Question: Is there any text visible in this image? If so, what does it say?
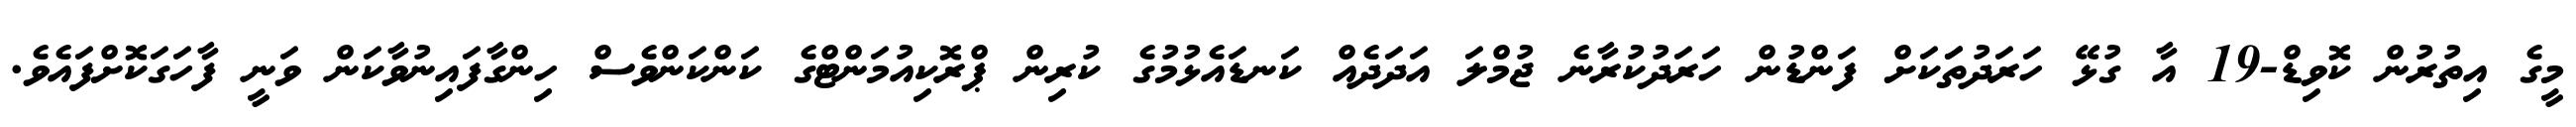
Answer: މީގެ އިތުރުން ކޮވިޑް-19 އާ ގުޅޭ ހަރަދުތަަކަށް ފަންޑުން ހަރަދުކުރާނެ ޖުމްލަ އަދަދެއް ކަނޑައެޅުމުގެ ކުރިން ޕްރޮކިއުމަންޓްގެ ކަންކަންވެސް ހިންގާފައިނުވާކަން ވަނީ ފާހަގަކޮށްފައެވެ.